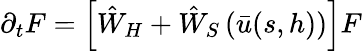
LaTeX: \partial_{t}F=\left[\hat{W}_{H}+\hat{W}_{S}\left(\bar{u}(s,h)\right)\right]F